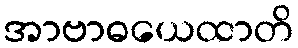
အာဗာဓယေထာတိ